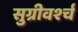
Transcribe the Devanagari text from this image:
सुग्रीवर्श्च